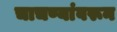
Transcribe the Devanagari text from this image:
चाचण्यांवरून